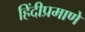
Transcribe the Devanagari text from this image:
हिंदीप्रमाणे